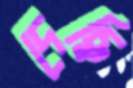
দেছি